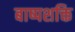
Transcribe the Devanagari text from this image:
बाष्पशक्ति